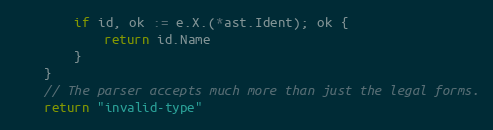
Language: Go
		if id, ok := e.X.(*ast.Ident); ok {
			return id.Name
		}
	}
	// The parser accepts much more than just the legal forms.
	return "invalid-type"